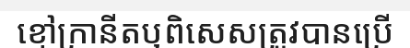
ខ្មៅក្រានីតឬពិសេសត្រូវបានប្រើ